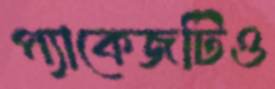
প্যাকেজটিও